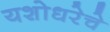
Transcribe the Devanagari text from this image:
यशोधरेचे